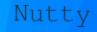
Nutty